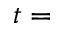
t =